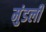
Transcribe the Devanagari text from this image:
मुंडली